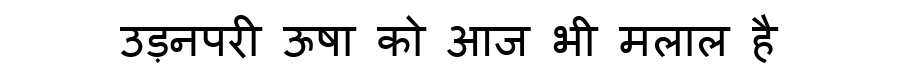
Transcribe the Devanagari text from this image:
उड़नपरी ऊषा को आज भी मलाल है